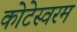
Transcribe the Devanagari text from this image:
कोटेस्वरम